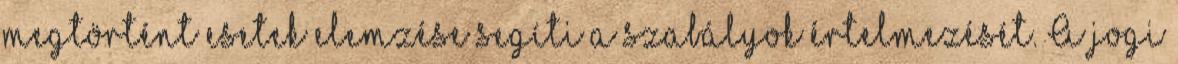
megtörtént esetek elemzése segíti a szabályok értelmezését. A jogi